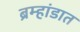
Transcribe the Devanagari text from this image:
ब्रम्हांडात